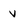
Character: v